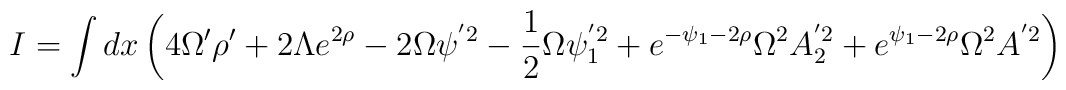
I=\int dx \left( 4\Omega' \rho' +2\Lambda e^{2\rho} -2\Omega \psi^{'2}-\frac{1}{2}\Omega \psi_1^{'2}+e^{-\psi_1-2\rho}\Omega^2 A_2^{'2}+e^{\psi_1-2\rho}\Omega^2 A^{'2} \right)